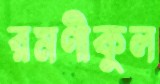
রমণীকুল